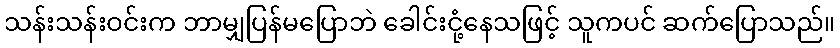
သန်းသန်းဝင်းက ဘာမျှပြန်မပြောဘဲ ခေါင်းငုံ့နေသဖြင့် သူကပင် ဆက်ပြောသည်။